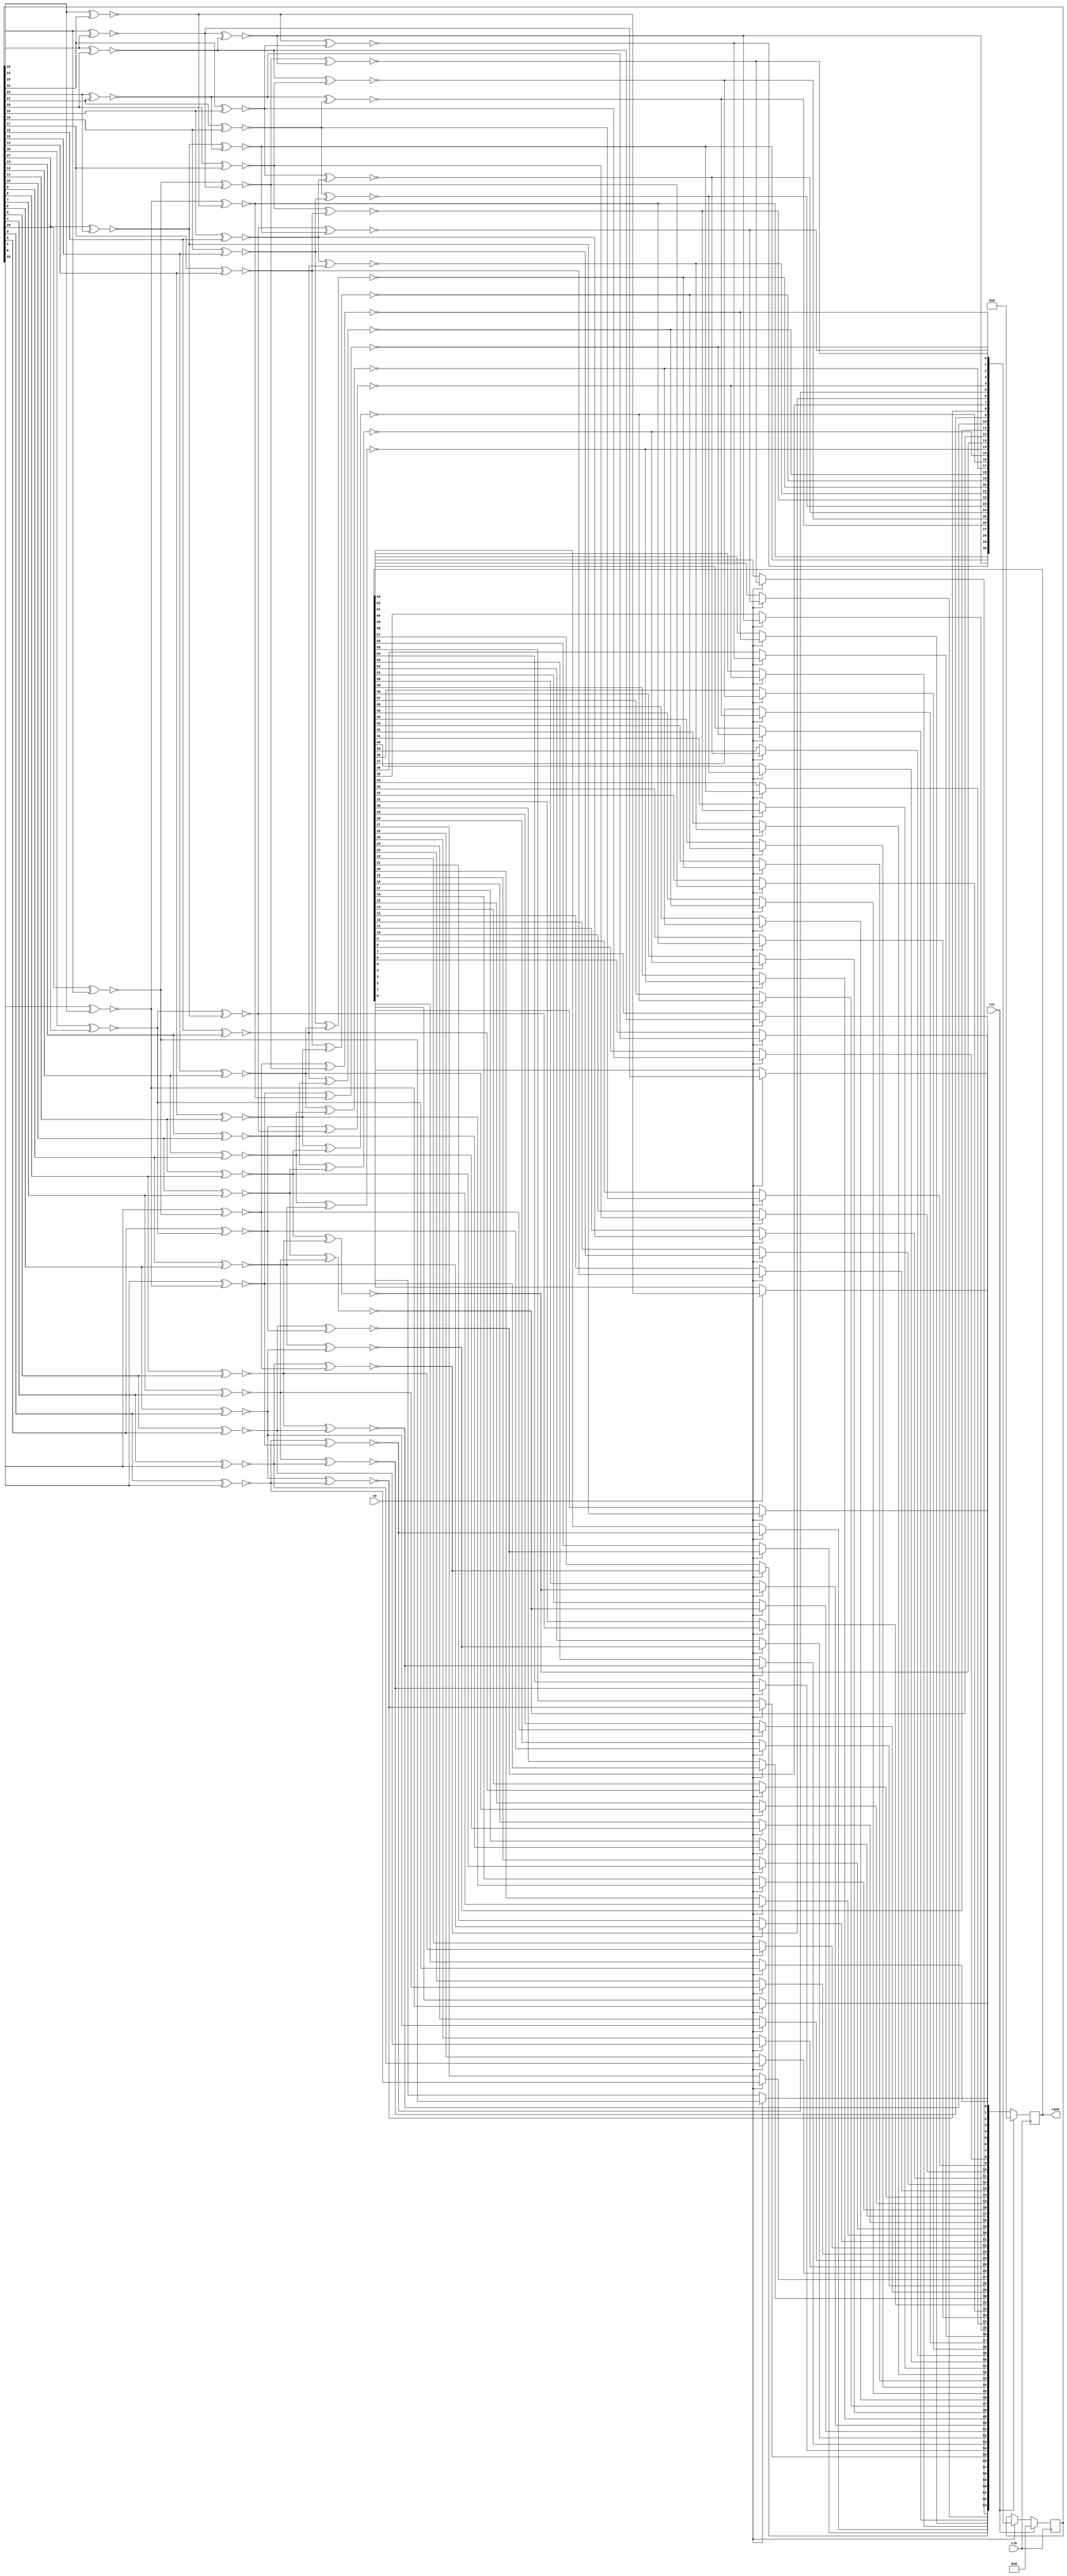
module memtest_prng64(
	input clk,
	input rst,
	input ce,
	output reg [63:0] rand
);

reg [30:0] state;

reg o;
integer i;
always @(posedge clk) begin
	if(rst) begin
		state = 31'd0;
		rand = 64'd0;
	end else if(ce) begin
		for(i=0;i<64;i=i+1) begin
			o = ~(state[30] ^ state[27]);
			rand[i] = o;
			state = {state[29:0], o};
		end
	end
end

endmodule